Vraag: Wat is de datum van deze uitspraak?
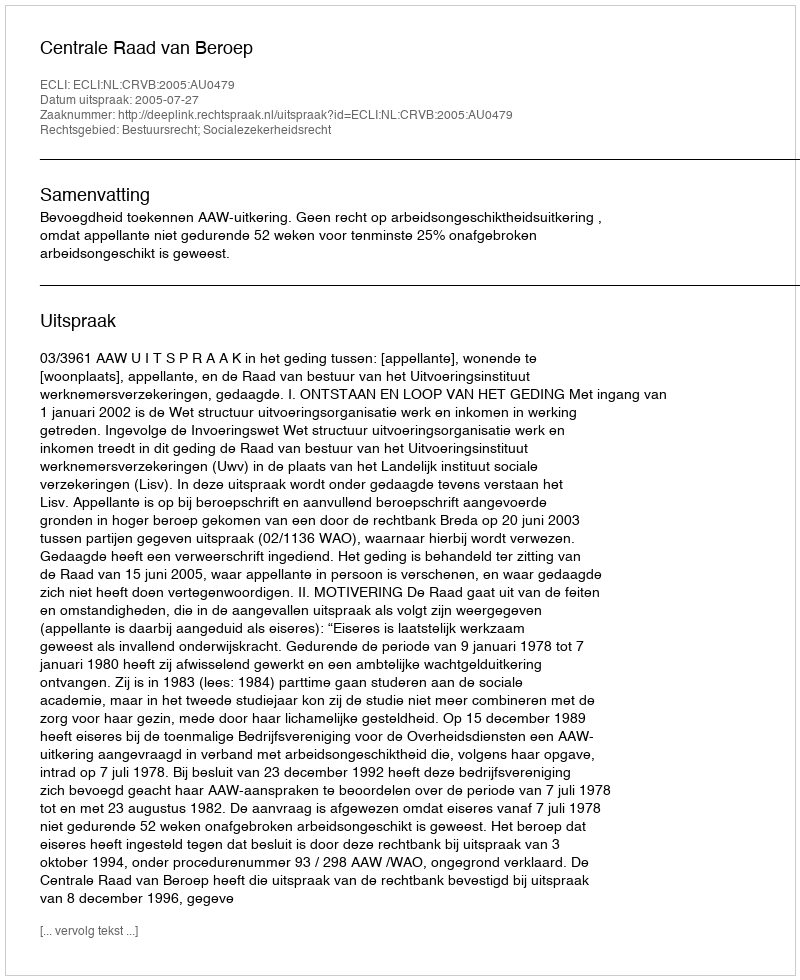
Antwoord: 2005-07-27